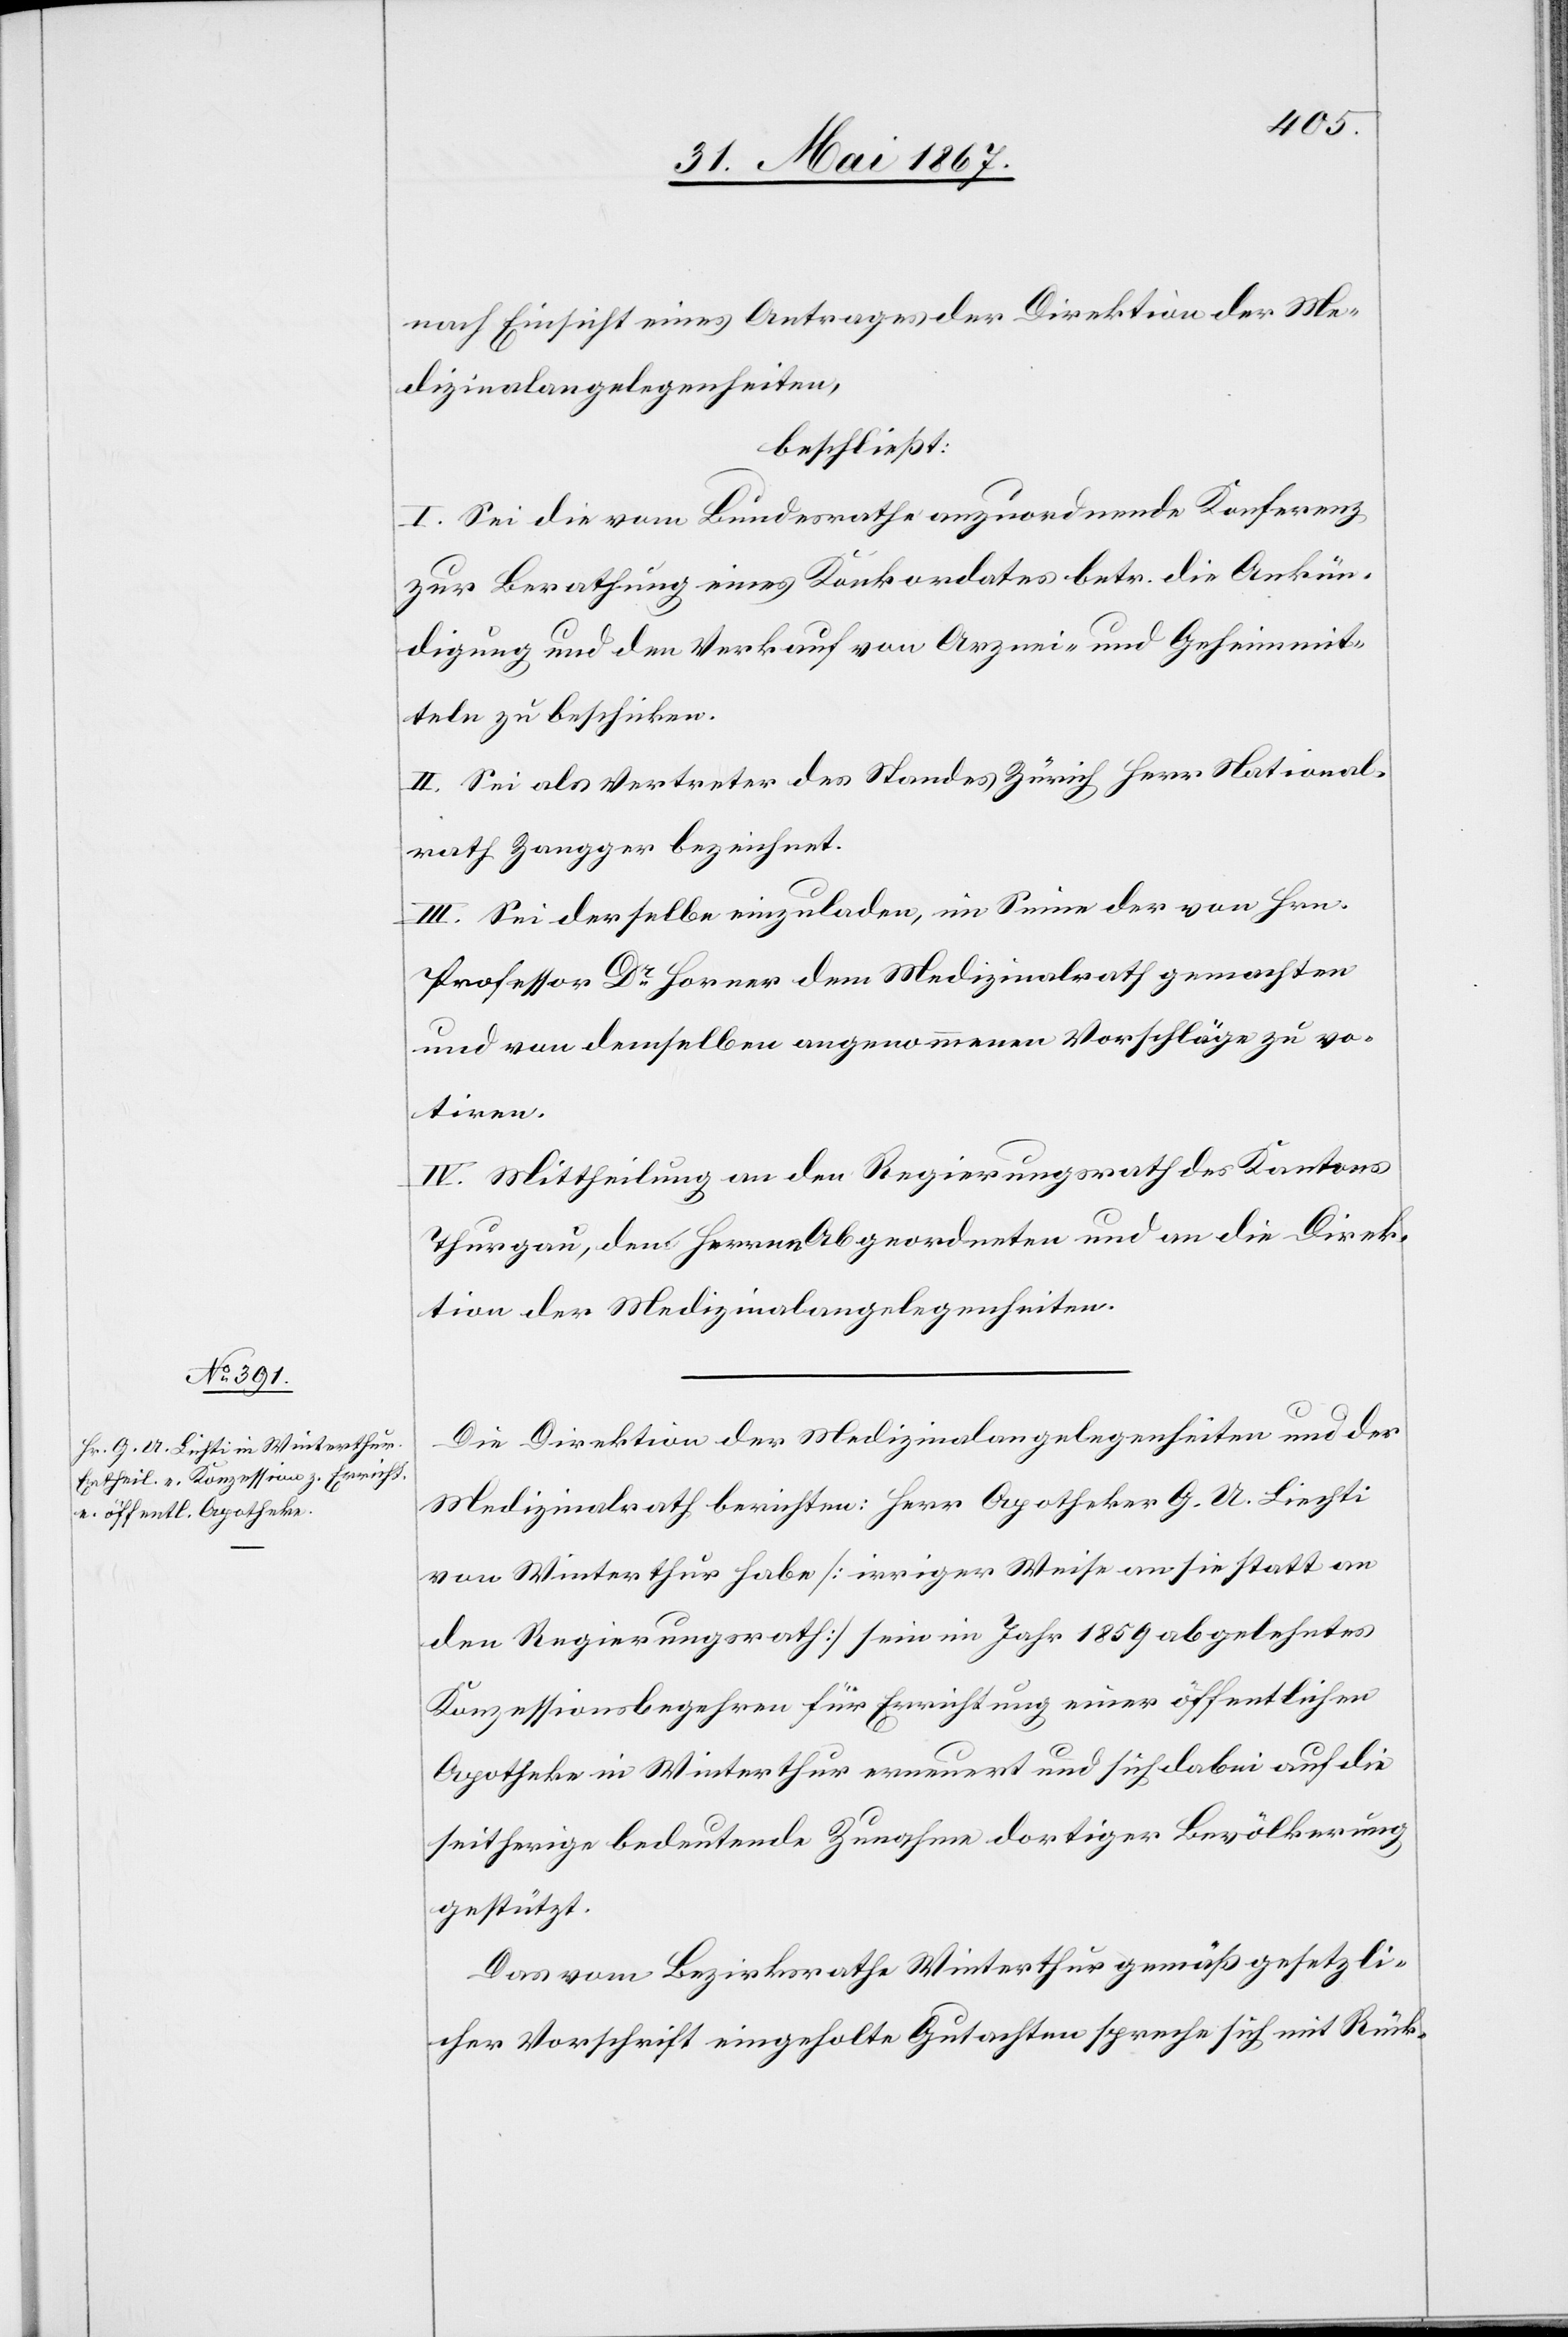
nach Einsicht eines Antrages der Direktion der Me¬
dizinalangelegenheiten,
beschließt:
I. Sei die vom Bundesrathe anzuordnende Konferenz
zur Berathung eines Konkordates betr. die Ankün¬
digung und den Verkauf von Arznei- und Geheimmit¬
teln zu beschicken.
II. Sei als Vertreter des Standes Zürich Herr National¬
rath Zangger bezeichnet.
III. Sei derselbe einzuladen, im Sinne der von Hrn.
Professor Dr. Horner dem Medizinalrath gemachten
und von demselben angenommenen Vorschläge zu vo¬
tiren.
IV. Mittheilung an den Regierungsrath des Kantons
Thurgau, dem Herren Abgeordneten und an die Direk¬
tion der Medizinalangelegenheiten.
Die Direktion der Medizinalangelegenheiten und der
Medizinalrath berichten: Herr Apotheker G. U. Lichti
von Winterthur habe [irriger Weise an sie statt an
den Regierungsrath] sein im Jahr 1859 abgelehntes
Konzessionsbegehren für Errichtung einer öffentlichen
Apotheke in Winterthur erneuert und sich dabei auf die
seitherige bedeutende Zunahme dortiger Bevölkerung
gestützt.
Das vom Bezirksrath Winterthur gemäß gesetzli¬
cher Vorschrift eingeholte Gutachten spreche sich mit Rück-